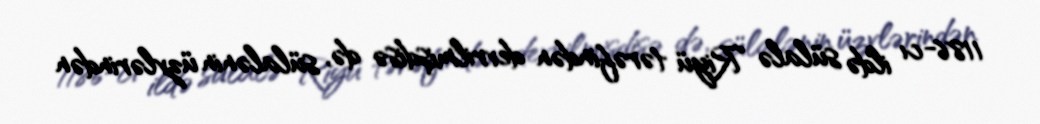
1186-cı ildə sülalə Riyü tərəfindən devrilmişdisə də, sülalənin üzvlərindən